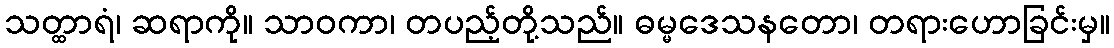
သတ္ထာရံ၊ ဆရာကို။ သာဝကာ၊ တပည့်တို့သည်။ ဓမ္မဒေသနတော၊ တရားဟောခြင်းမှ။